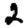
Digit: 2